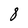
Character: 8